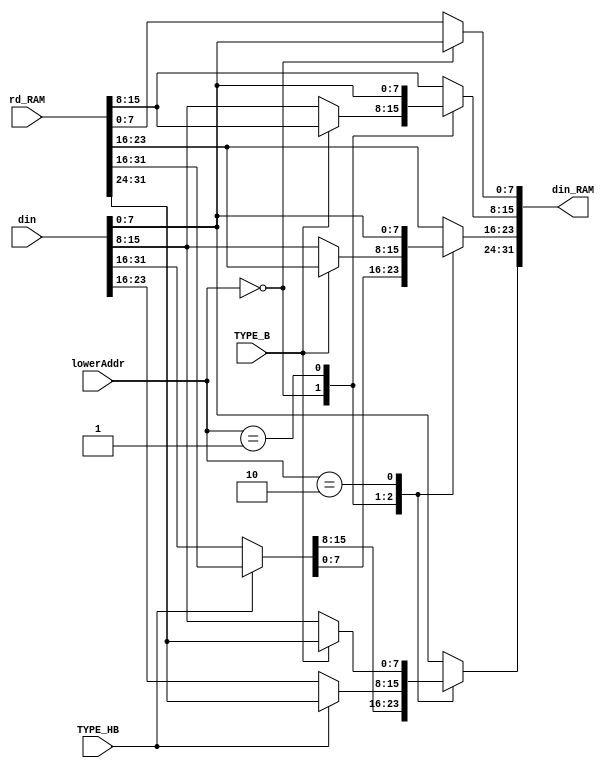
module InputCtrl_RAM (
    input wire TYPE_B,
    input wire TYPE_HB,
    input wire [1: 0] lowerAddr,
    input wire [31: 0] rd_RAM,
    input wire [31: 0] din,
    output wire [31: 0] din_RAM
);     

reg [31: 0] din_reg;

assign din_RAM[31: 0] = din_reg[31: 0];

/***************************************************************
                        
****************************************************************/

// 
always @(*) begin
    din_reg = rd_RAM;
    case (lowerAddr[1: 0])
        2'b00: begin
            din_reg[7: 0]   = din[7: 0];
            din_reg[15: 8]  = (TYPE_B) ? rd_RAM [15: 8] : din[15: 8];
            din_reg[31: 16] = (TYPE_HB) ? rd_RAM [31: 16] : din[31: 16];
        end
        2'b01: begin
            din_reg[7: 0]   = rd_RAM[7: 0];
            din_reg[15: 8]  = din[7: 0];
            din_reg[23: 16] = (TYPE_B) ? rd_RAM [23: 16] : din[15: 8];
            din_reg[31: 24] = (TYPE_HB) ? rd_RAM [31: 24] : din[23: 16];
        end
        2'b10: begin
            din_reg[15: 0]  = rd_RAM[15: 0];
            din_reg[23: 16] = din[7: 0];
            din_reg[31: 24] = (TYPE_B) ? rd_RAM [31: 24] : din[15: 8];
        end
        default: begin
            din_reg[23: 0]  = rd_RAM[23: 0];
            din_reg[31: 24] = din[7: 0];
        end
    endcase
end

endmodule